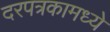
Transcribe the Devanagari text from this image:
दरपत्रकामध्ये